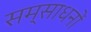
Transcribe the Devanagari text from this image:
सम्साधनों